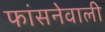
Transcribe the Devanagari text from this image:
फांसनेवाली